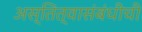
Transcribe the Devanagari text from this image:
अस्तित्वासंबंधीची